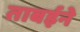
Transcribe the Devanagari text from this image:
ताबईने